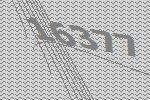
16377